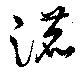
漉